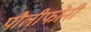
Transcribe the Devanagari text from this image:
पौलीफोनी